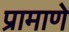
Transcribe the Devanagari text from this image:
प्रामाणे